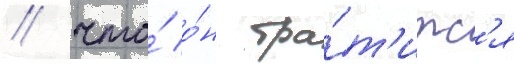
/ что́ о́н тра́т'итс'я